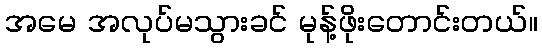
အမေ အလုပ်မသွားခင် မုန့်ဖိုးတောင်းတယ်။